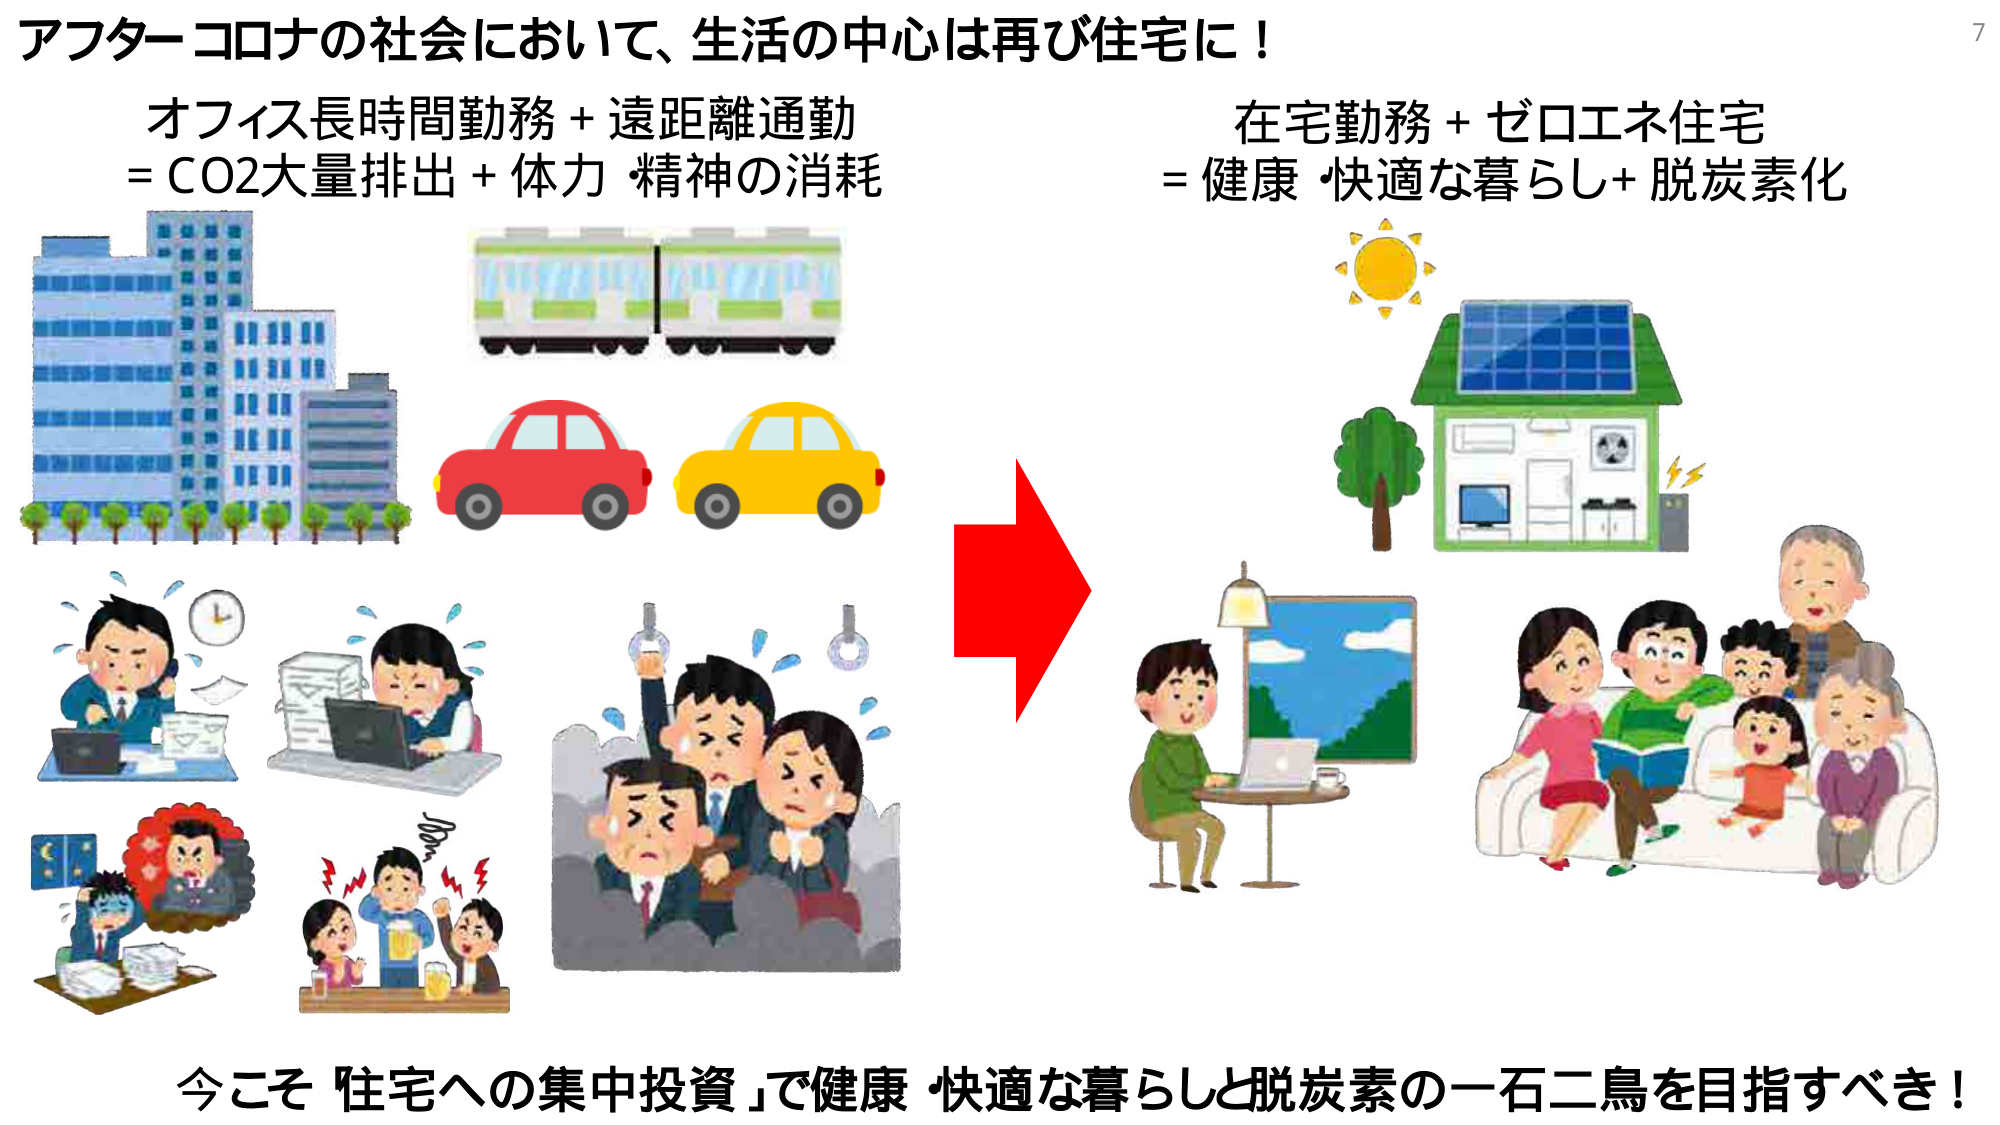
アフターコロナの社会において、生活の中心は再び住宅に！

オフィス長時間勤務 + 遠距離通勤
= CO2大量排出 + 体力・精神の消耗

在宅勤務 + ゼロエネ住宅
= 健康・快適な暮らし + 脱炭素化

今こそ「住宅への集中投資」で健康・快適な暮らしと脱炭素の一石二鳥を目指すべき！